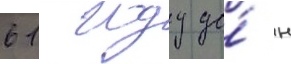
61 году до́ н